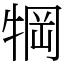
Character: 犅